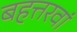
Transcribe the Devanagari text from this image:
बहत्तरवां